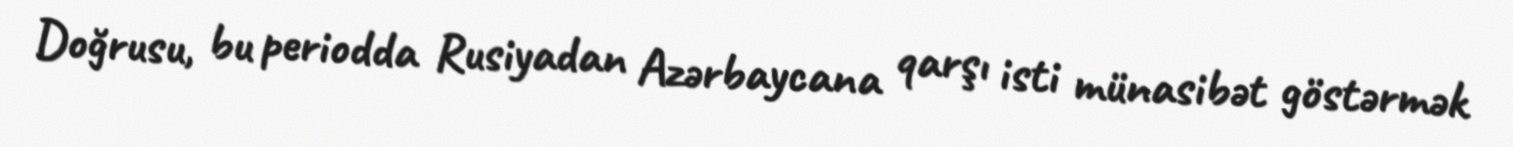
Doğrusu, bu periodda Rusiyadan Azərbaycana qarşı isti münasibət göstərmək